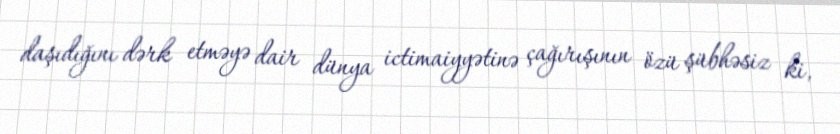
daşıdığını dərk etməyə dair dünya ictimaiyyətinə çağırışının özü şübhəsiz ki,